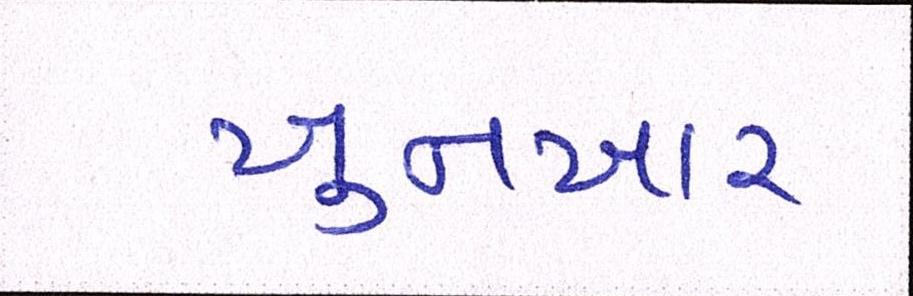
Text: ખુનખાર